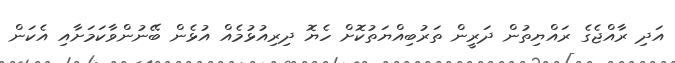
އަދި ރާއްޖެގެ ރައްޔިތުން ދަރީން ތަރުބިއްޔަތުކޮށް ހެޔޮ ދިރިއުޅުމެއް އުޅެން ބޭނުންވާކަމަށާއި އެކަން